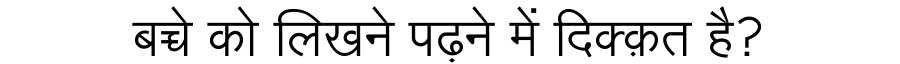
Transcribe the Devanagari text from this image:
बच्चे को लिखने पढ़ने में दिक्क़त है?